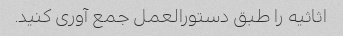
اثاثیه را طبق دستورالعمل جمع آوری کنید.